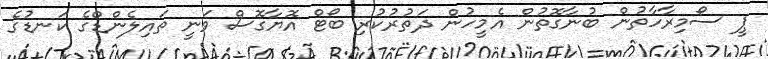
ޕީ ސޯމިރާހާތުން ބުނާގޮތުން އެމީހުން ދަތުރުކުރި ބޯޓް އޮޔާގޮސް ވަނީ ތައިލެންޑްގެ ކަނޑުގެ